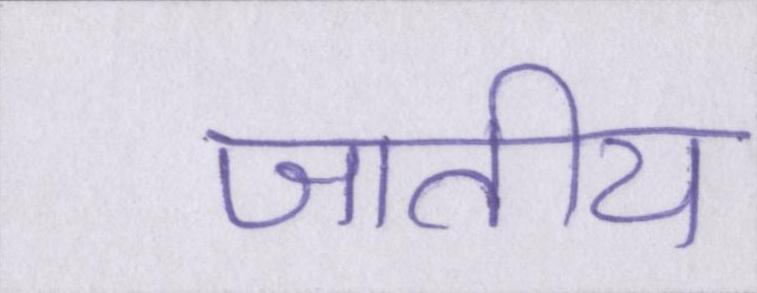
जातीय